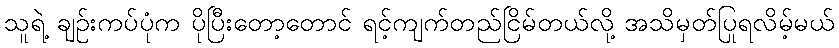
သူရဲ့ ချဉ်းကပ်ပုံက ပိုပြီးတော့တောင် ရင့်ကျက်တည်ငြိမ်တယ်လို့ အသိမှတ်ပြုရလိမ့်မယ်